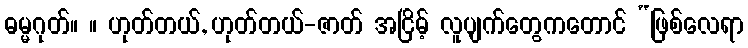
ဓမ္မဂုတ်။ ။ ဟုတ်တယ်, ဟုတ်တယ်-ဇာတ် အငြိမ့် လူပျက်တွေကတောင် “ဖြစ်လေရာ